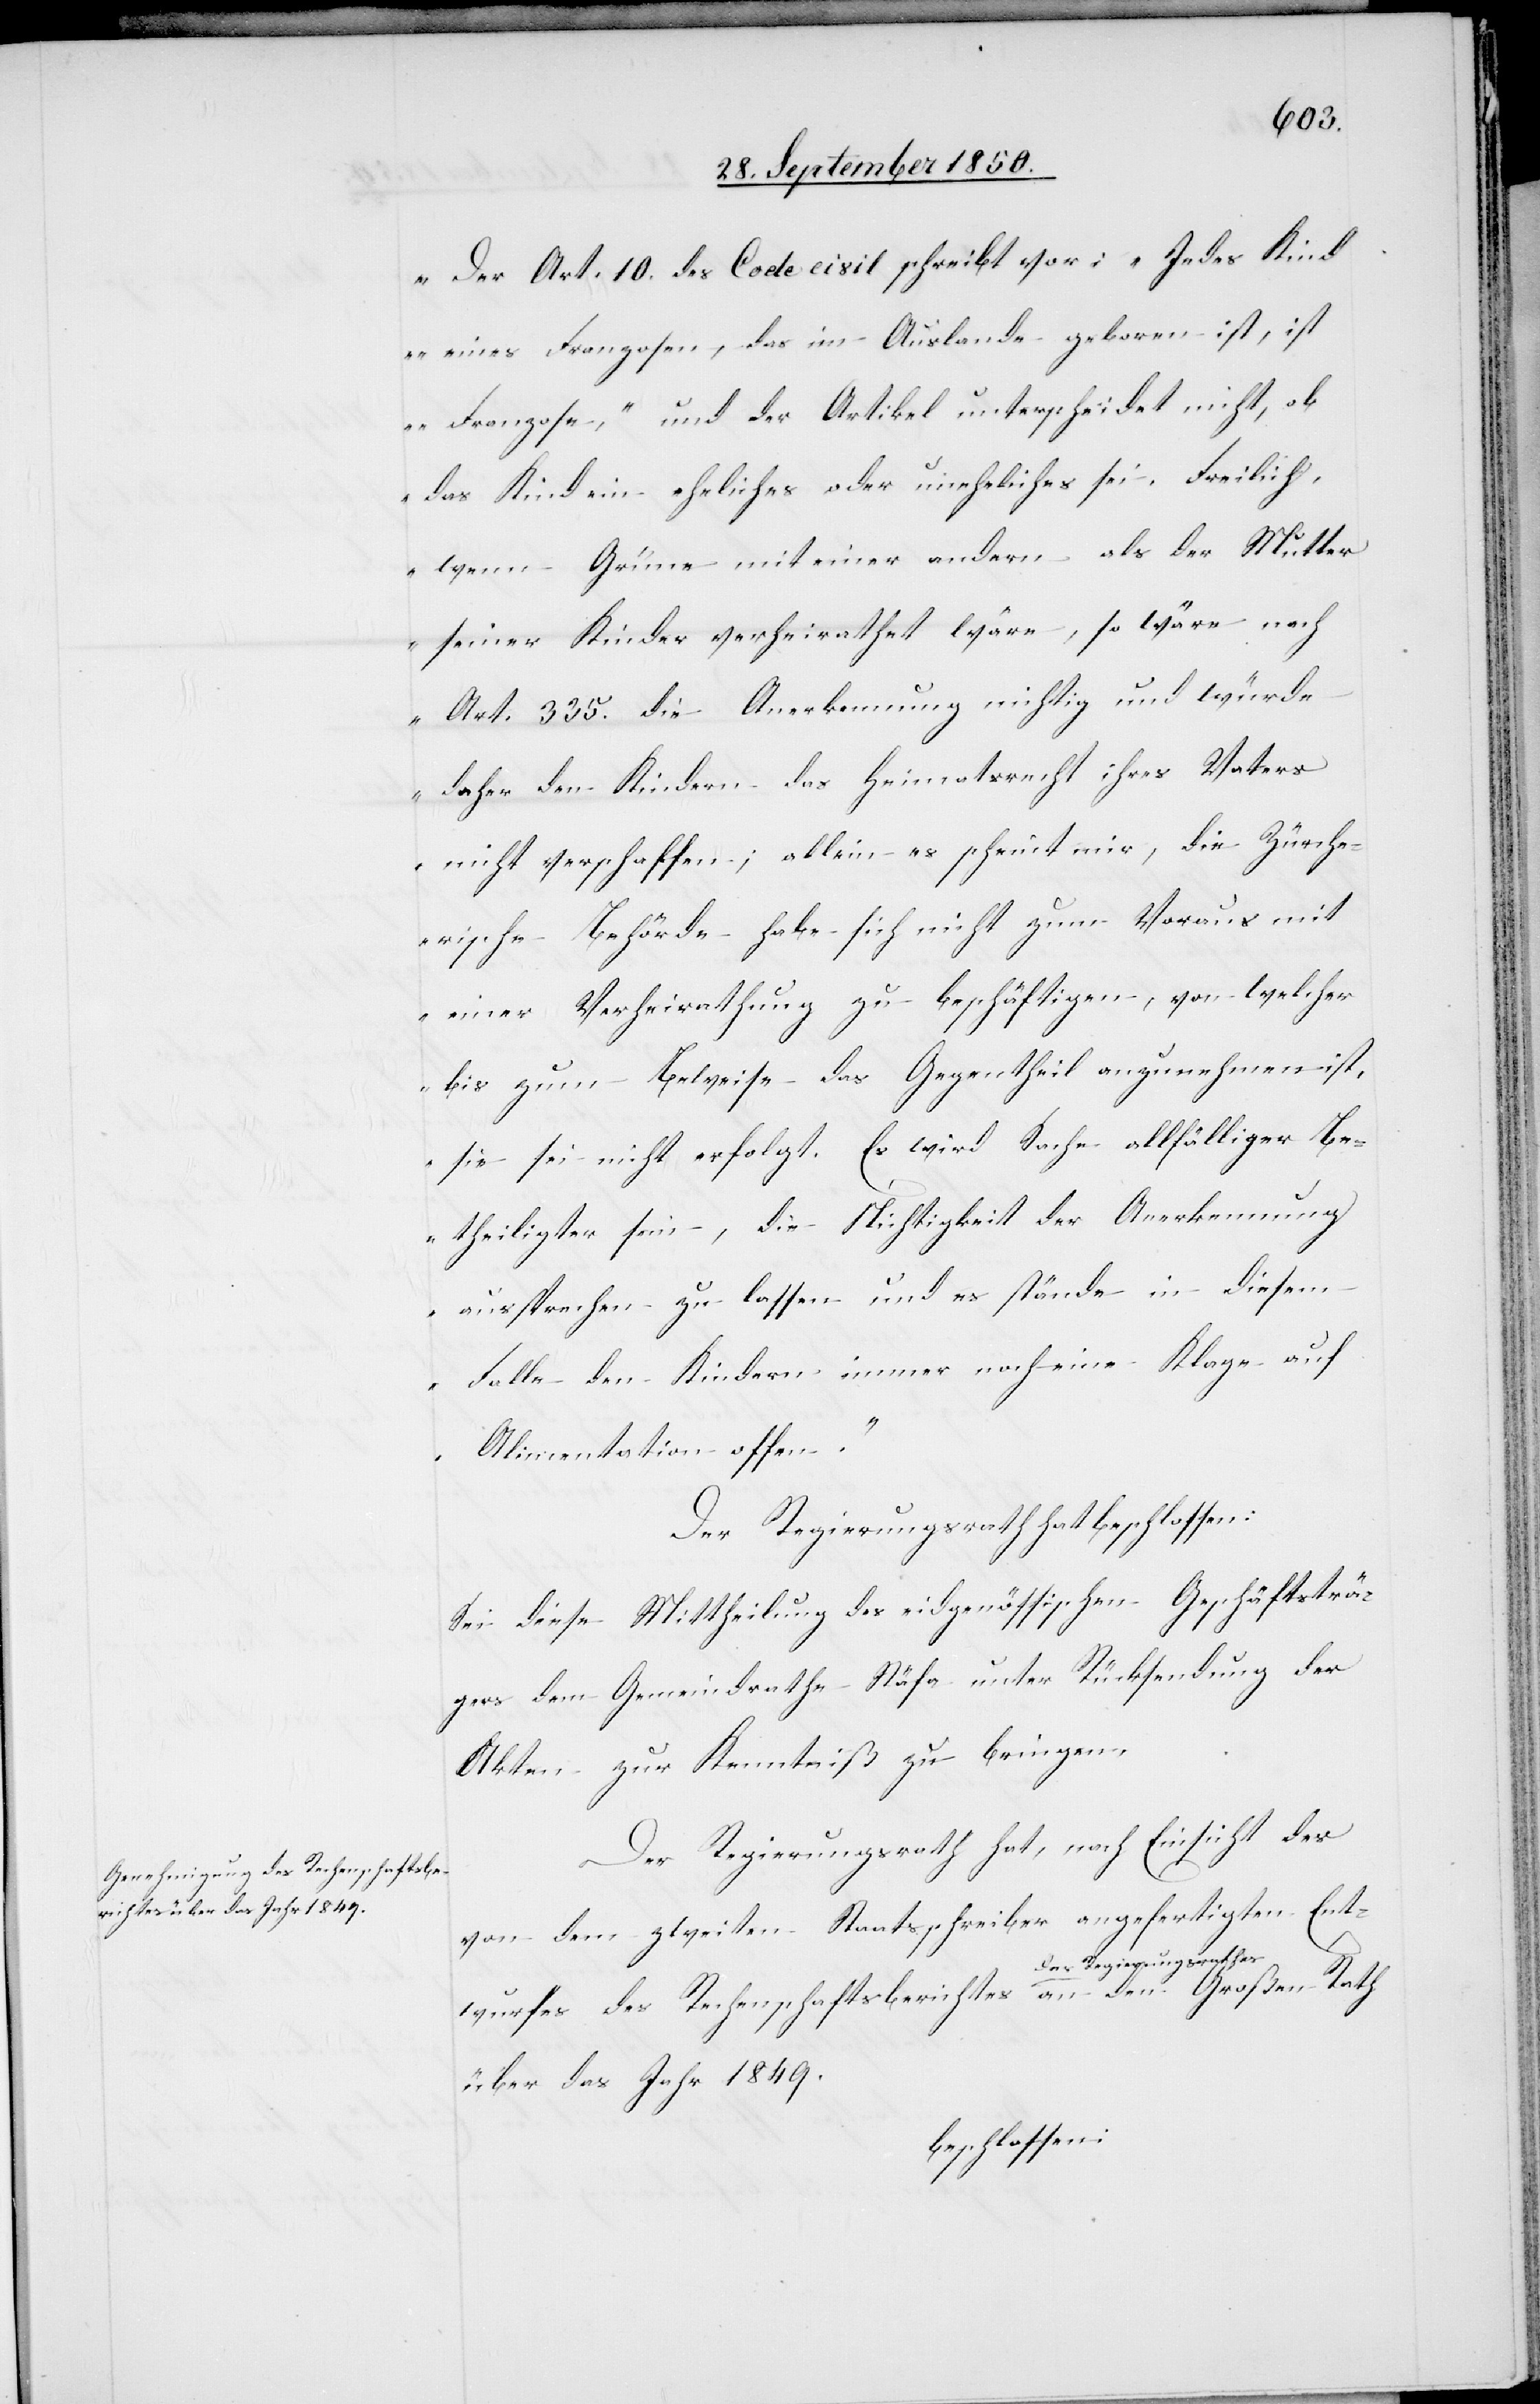
Der Art. 10 des Code civil schreibt vor: „Jedes Kind
eines Franzosen, das im Auslande geboren ist, ist
Franzose,“ und der Artikel unterscheidet nicht, ob
das Kind ein eheliches oder uneheliches sei. Freilich,
wenn Grüne mit einer andern als der Mutter
seiner Kinder verheirathet wäre, so wäre nach
Art. 335. die Anerkennung nichtig und würde
daher den Kindern das Heimatsrecht ihres Vaters
nicht verschaffen; allein es scheint mir, die Zürche¬
rische Behörde habe sich nicht zum Voraus mit
einer Verheirathung zu beschäftigen, von welcher
bis zum Beweise das Gegentheil anzunehmen ist,
sie sei nicht erfolgt. Es wird Sache allfälliger Be¬
theiligter sein, die Nichtigkeit der Anerkennung
aussprechen zu lassen und es stände in diesem
Falle den Kindern immer noch eine Klage auf
Alimentation offen.“
Der Regierungsrath hat beschlossen:
Sei diese Mittheilung des eidgenössischen Geschäftsträ¬
gers dem Gemeindrathe Stäfa unter Rücksendung der
Akten zur Kenntniß zu bringen.
Der Regierungsrath hat, nach Einsicht des
von dem zweiten Staatsschreiber angefertigten Ent¬
wurfes des Rechenschaftsberichtes des Regierungsrathes
über das Jahr 1849.
beschlossen: